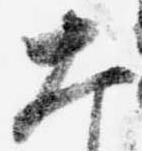
大